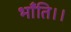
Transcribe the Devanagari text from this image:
भाँति।।